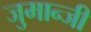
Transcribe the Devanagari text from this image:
जुमान्जी